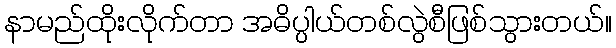
နာမည်ထိုးလိုက်တာ အဓိပ္ပါယ်တစ်လွဲစီဖြစ်သွားတယ်။